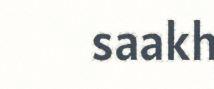
saakh